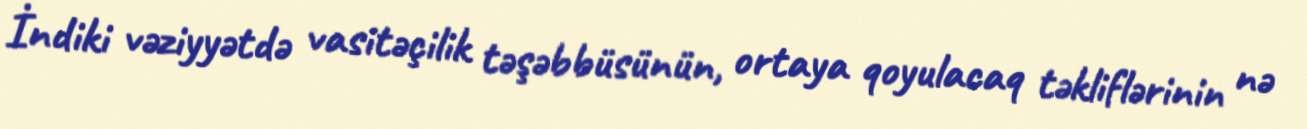
İndiki vəziyyətdə vasitəçilik təşəbbüsünün, ortaya qoyulacaq təkliflərinin nə